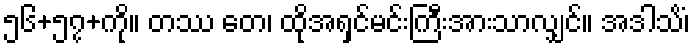
၅၆+၅၇+ကို။ တဿ တေ၊ ထိုအရှင်မင်းကြီးအားသာလျှင်။ အဒါသိံ၊